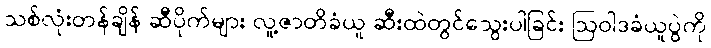
သစ်လုံးတန်ချိန် ဆီပိုက်များ လူ့ဇာတိခံယူ ဆီးထဲတွင်သွေးပါခြင်း ဩဝါဒခံယူပွဲကို